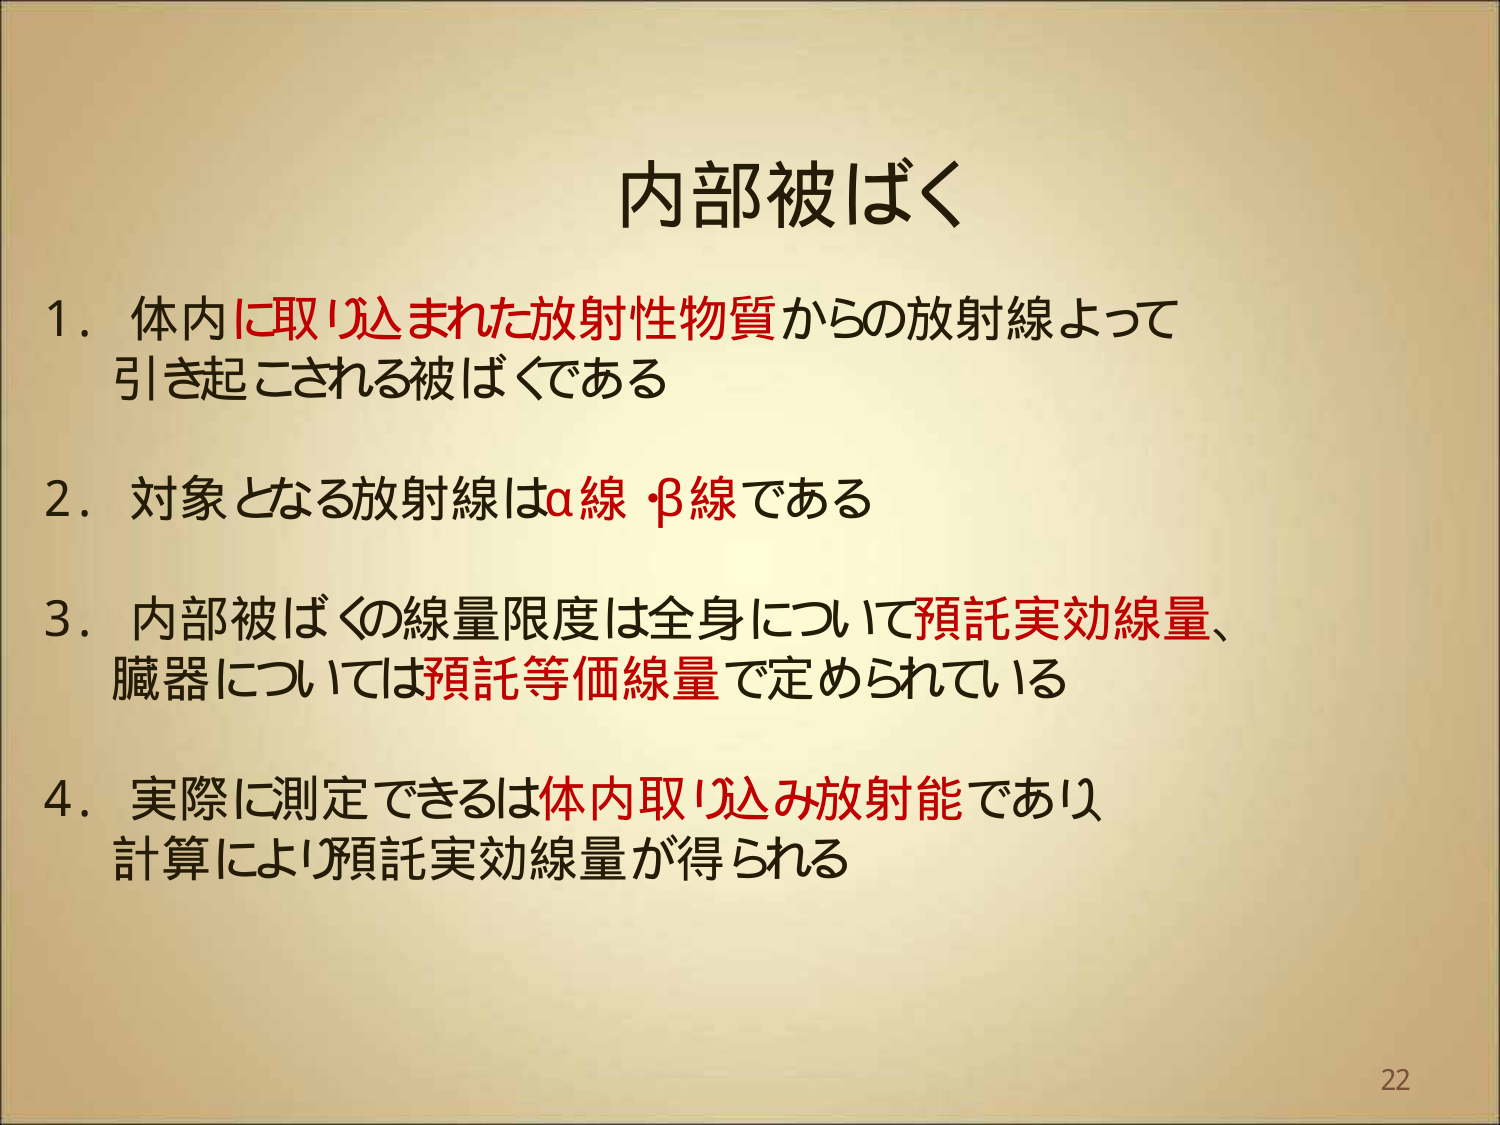
内部被ばく

1. 体内に取り込まれた放射性物質からの放射線よって
引き起こされる被ばくである

2. 対象となる放射線はα線 β線である

3. 内部被ばくの線量限度は全身について予託実効線量、
臓器については予託等価線量で定められている

4. 実際に測定できるは体内取り込み放射能であり
計算により予託実効線量が得られる

22